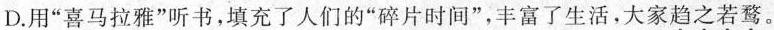
D.用”喜马拉雅”听书，填充了人们的”碎片时间”，丰富了生活，大家趋之若鹜。